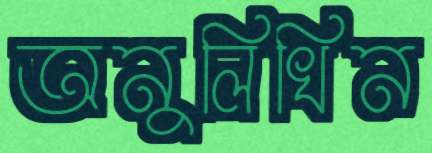
অনুলিখিন